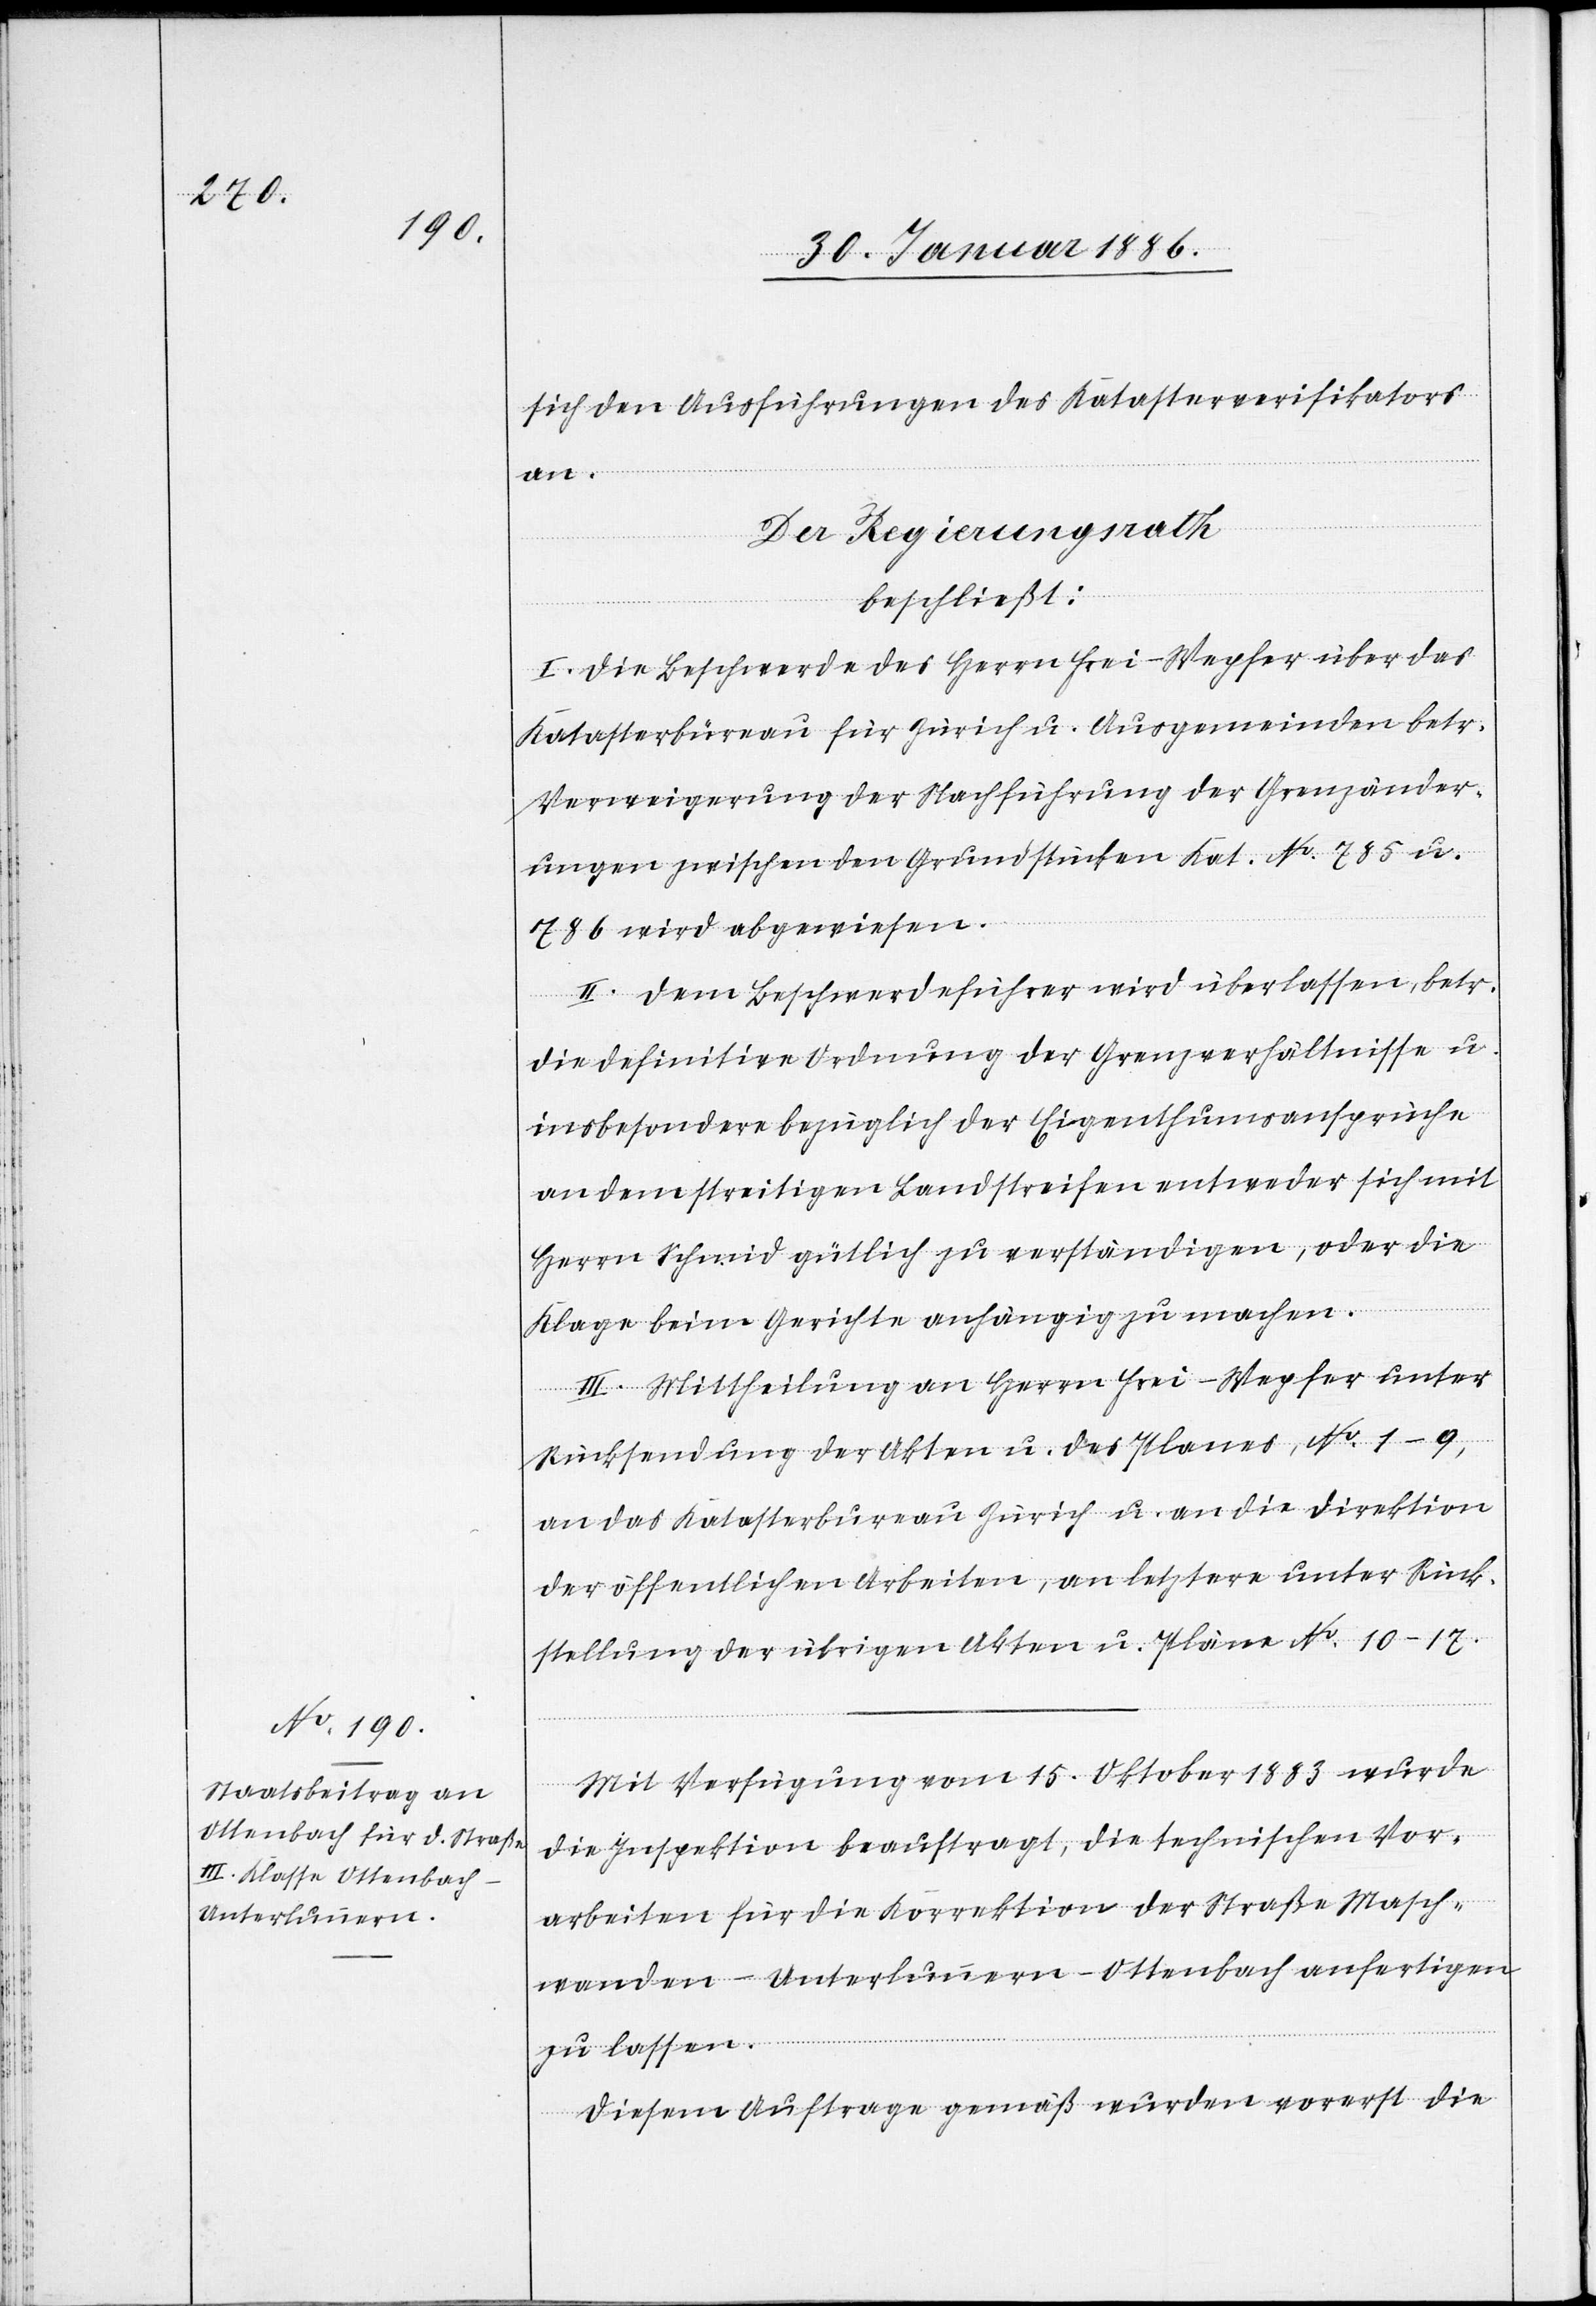
sich den Ausführungen des Katasterverifikators
an.
Der Regierungsrath
beschließt:
I. Die Beschwerde des Herrn Frei-Wepfer über das
Katasterbureau für Zürich u. Ausgemeinden betr.
Verweigerung der Nachführung der Grenzänder¬
ungen zwischen den Grundstücken Ka. No. 785 u.
786 wird abgewiesen.
II. Dem Beschwerdeführer wird überlassen, betr.
die definitive Ordnung der Grenzverhältnisse u.
insbesondere bezüglich der Eigenthumsansprüche
an dem streitigen Landstreifen entweder sich mit
Herrn Schmid gütlich zu verständigen, oder die
Klage beim Gerichte anhängig zu machen.
III. Mittheilung an Herrn Frei-Wepfer unter
Rücksendung der Akten u. des Planes, No. 1–9,
an das Katasterbureau Zürich u. an die Direktion
der öffentlichen Arbeiten, an letztere unter Rück¬
stellung der übrigen Akten u. Pläne No. 10-17.
Mit Verfügung vom 15. Oktober 1883 wurde
die Inspektion beauftragt, die technischen Vor¬
arbeiten für die Korrektion der Straße Masch¬
wanden–Unterlunnern–Ottenbach anfertigen
zu lassen.
Diesem Auftrage gemäß wurden vorerst die